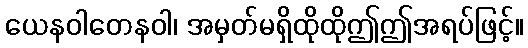
ယေနဝါတေနဝါ၊ အမှတ်မရှိထိုထိုဤဤအရပ်ဖြင့်။